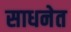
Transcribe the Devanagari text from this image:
साधनेत